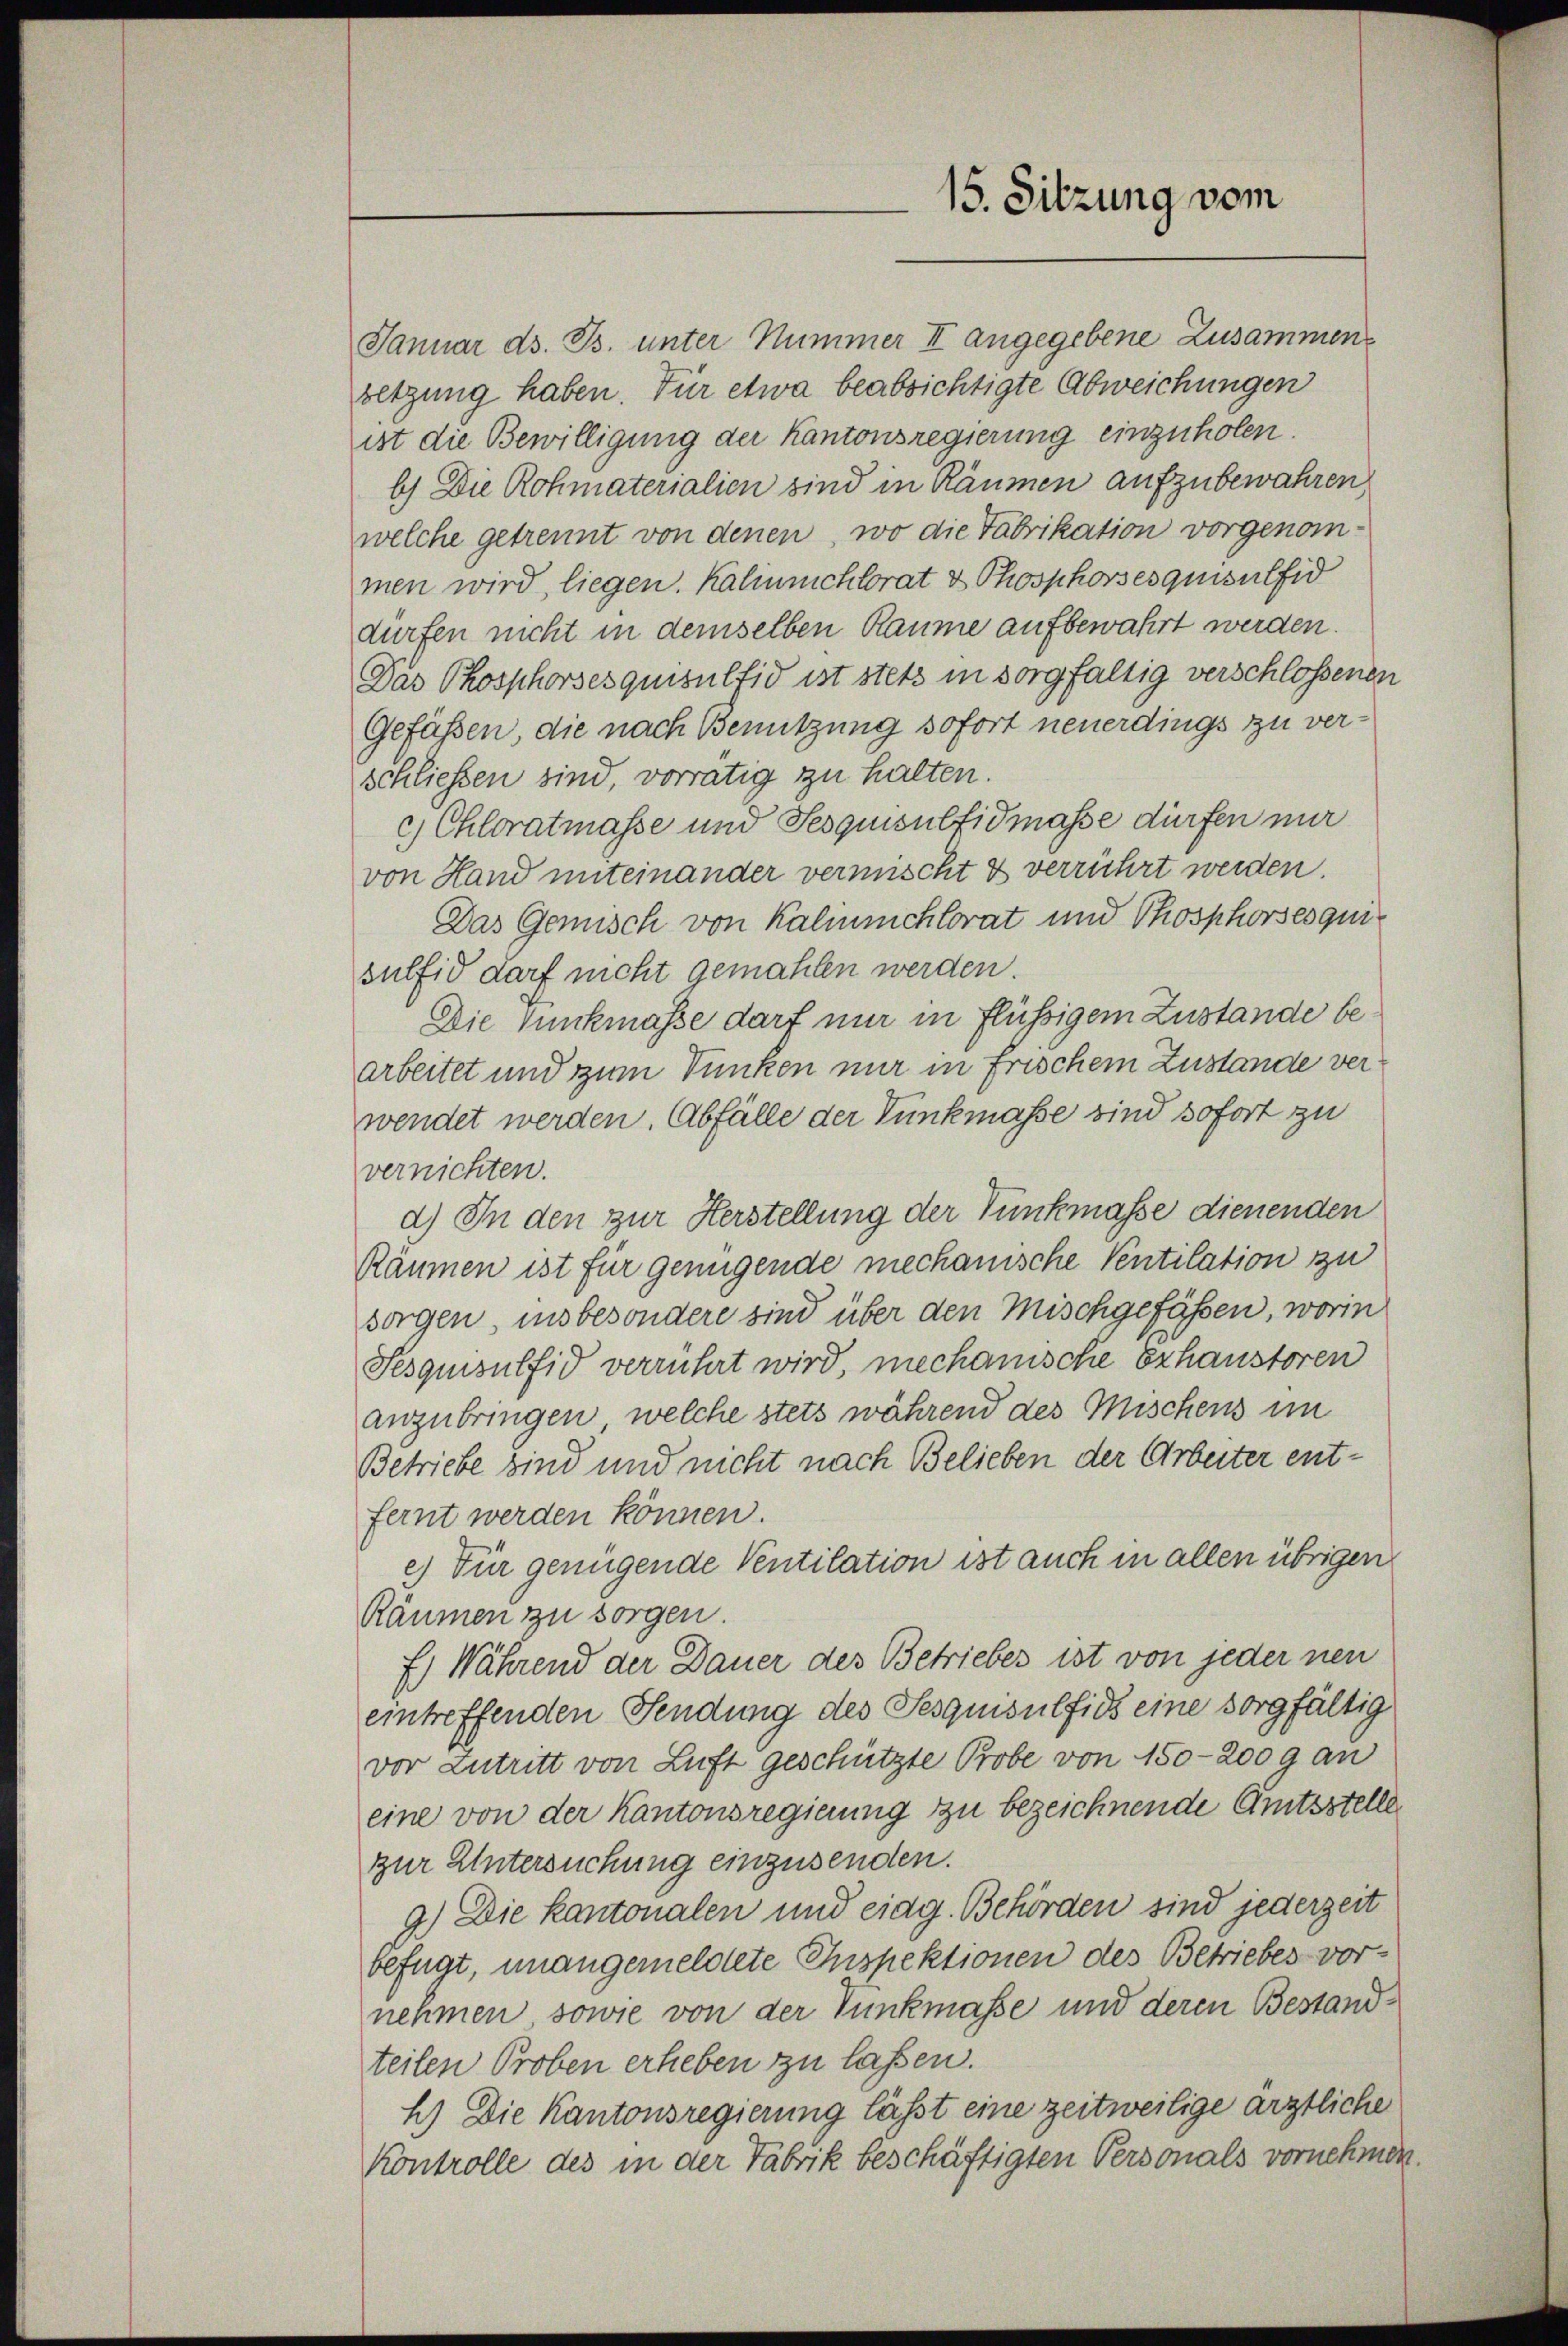
15. Sitzung vom

Januar ds. Bs. unter Nummer II angegebene Zusammen
betzung haben. Für etwa beabsichtigte Abweichungen
ist die Bewilligung der Kantonsregierung einzuholen.
b.) Die Rohmaterialien sind in Räumen aufzubewahren,
welche getrennt von denen, wo die Fabrikation vorgenommen wird, liegen. Kalmnichtorat & Phosphorsesquisulfid
dürfen nicht in demselben Raume aufbewahrt werden.
Das Phosphorsesquisulfid ist stets in sorgfaltig verschlossenen
Gefässen, die nach Benutzung sofort neuerdings zu verschließen sind, vorrätig zu halten.
c) Chloratmasse und Sesquisulfidmasse dürfen nur
von Hand miteinander vermischt & verrührt werden.
Das Gemisch von Kalmmchlorat und Phosphorsesquisulfid darf nicht gemahlen werden.
Die Suckmasse darf nur in flüssigem Zustande bearbeitet und zum Dunken nur in frischem Zustande verwendet werden. Abfälle der Tunkmasse sind sofort zu
vernichten.
d.) In den zur Herstellung der Tunkmasse dienenden
Räumen ist für genügende mechanische Ventilation zu
sorgen, insbesondere sind über den Mischgefässen, worin
Sesquisulfid verrührt wird, mechanische Erhaustoren
anzubringen, welche stets während des Mischens im
Betriebe sind und nicht nach Belieben der Arbeiter entfernt werden können.
c) Für genügende Ventilation ist auch in allen übrigen
Räumen zu sorgen.
E) Während der Dauer des Betriebes ist von jeder neu
eintreffenden Sendung des Sesquisulfidt eine sorgfältig
vor Zutritt von Luft geschützte Probe von 150-200 g an
eine von der Kantonsregierung zu bezeichnende Amtsstelle
zur Untersuchung einzusenden.
9.) Die kantonalen und eidg. Behörden sind jederzeit
befügt, unangemeldete Inspektionen des Betriebes vornehmen sowie von der Tunkmasse und deren Bestandteilen Proben erheben zu lassen.
E.) Die Kantonsregierung lässt eine zeitweilige ärztliche
Kontrolle des in der Fabrik beschäftigten Personals vornehmen.